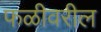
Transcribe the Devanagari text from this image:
फळीवरील